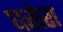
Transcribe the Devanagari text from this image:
घसेरा